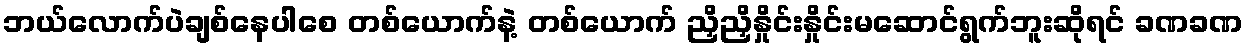
ဘယ်လောက်ပဲချစ်နေပါစေ တစ်ယောက်နဲ့ တစ်ယောက် ညှိညှိနှိုင်းနှိုင်းမဆောင်ရွက်ဘူးဆိုရင် ခဏခဏ